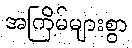
အကြိမ်များစွာ